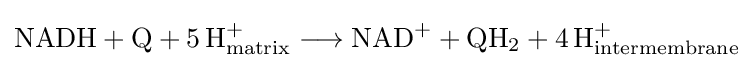
{\mathrm {NADH} {}+{}\mathrm {Q} {}+{}5\,\mathrm {H} {\vphantom {A}}_{\smash[{t}]{\mathrm {matrix} }}^{+}{}\mathrel {\longrightarrow } {}\mathrm {NAD} {\vphantom {A}}^{+}{}+{}\mathrm {QH} {\vphantom {A}}_{\smash[{t}]{2}}{}+{}4\,\mathrm {H} {\vphantom {A}}_{\smash[{t}]{\mathrm {intermembrane} }}^{+}}